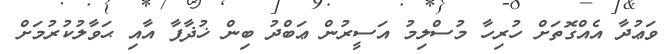
ވަޢުދާ އެއްގޮތަށް ހުރިހާ މުސްލިމު އަސީރުން ޢަބްދު ބިން ޚުޛާފާ އާއި ޙަވާލުކުރުމަށް